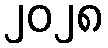
၂၀၂၈